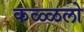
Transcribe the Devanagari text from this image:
कळ्ळलो